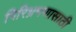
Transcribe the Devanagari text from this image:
गिरिभ्रमणासाठी